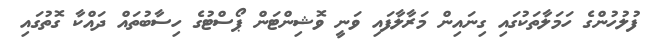
ފުލުހުންގެ ހަމަލާތަކުގައި ގިނައިން މަރާލާފައި ވަނީ ވޮޝިންޓަން ޕޯސްޓުގެ ހިސާބުތައް ދައްކާ ގޮތުގައި